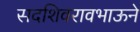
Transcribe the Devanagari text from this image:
सदशिवरावभाऊने